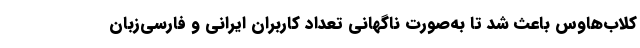
کلاب‌هاوس باعث شد تا به‌صورت ناگهانی تعداد کاربران ایرانی و فارسی‌زبان